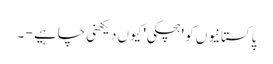
پاکستانیوں کو 'ہچکی' کیوں دیکھنی چاہیے - ۔